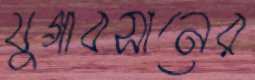
যুগাবসানের